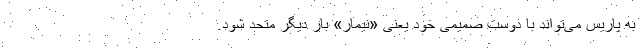
به پاریس می‌تواند با دوست صمیمی خود یعنی «نیمار» بار دیگر متحد شود.